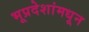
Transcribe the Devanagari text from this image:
भूप्रदेशांमधून